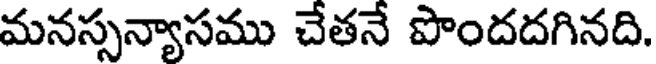
మనస్సన్యాసము చేతనే పొందదగినది.